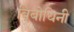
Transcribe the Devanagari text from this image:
विबोधिनी